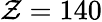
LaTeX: \mathcal{Z}=140